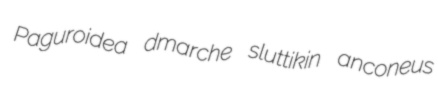
Paguroidea dmarche sluttikin anconeus